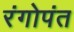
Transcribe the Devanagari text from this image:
रंगोपंत